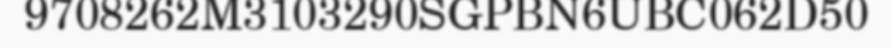
9708262M3103290SGPBN6UBC062D50